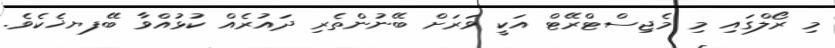
މި ރޯލްގައި މި މެޖިސްޓްރޭޓް އަކީ ވަރަށް ބޭނުންތެރި ދައުރެއް ކުޅުއްވާ ބޭފޔޚެކެވެ.